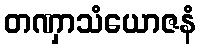
တဏှာသံယောဇနံ